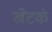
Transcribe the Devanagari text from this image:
खेटकं